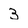
Character: 3